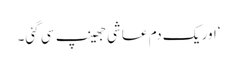
‘اور یک دم عاشی جھینپ سی گئی۔